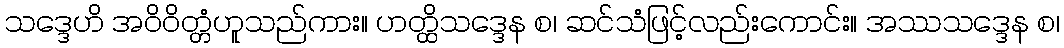
သဒ္ဒေဟိ အဝိဝိတ္တံဟူသည်ကား။ ဟတ္ထိသဒ္ဒေန စ၊ ဆင်သံဖြင့်လည်းကောင်း။ အဿသဒ္ဒေန စ၊